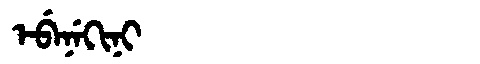
Manchu: ᡝᠪᡝᠨᡝᡴᡳᠨᡳ
Romanization: EBENEKINI